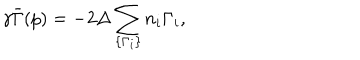
\gamma \bar { \Gamma } ( p ) = - 2 \Delta \sum _ { \{ \Gamma _ { i } \} } n _ { i } \Gamma _ { i } ,